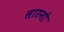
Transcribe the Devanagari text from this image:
सारनो